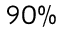
9 0 \%